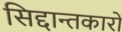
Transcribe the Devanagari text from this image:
सिद्दान्तकारों